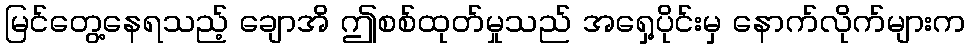
မြင်တွေ့နေရသည့် ချောအိ ဤစစ်ထုတ်မှုသည် အရှေ့ပိုင်းမှ နောက်လိုက်များက